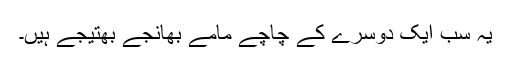
یہ سب ایک دوسرے کے چاچے مامے بھانجے بھتیجے ہیں۔